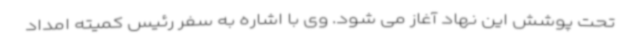
تحت پوشش این نهاد آغاز می شود. وی با اشاره به سفر رئیس کمیته امداد